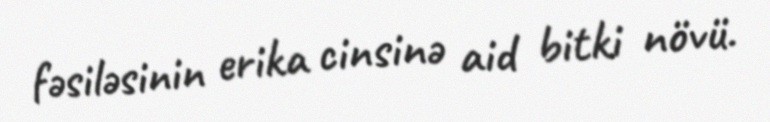
fəsiləsinin erika cinsinə aid bitki növü.